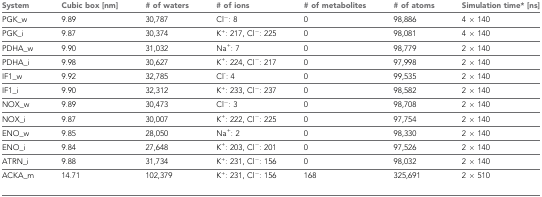
| System | Cubic box [nm] | # of waters | # of ions | # of metabolites | # of atoms | Simulation time* [ns] |
 | --- | --- | --- | --- | --- | --- | --- |
 | PGK_w | 9.89 | 30,787 | Cl−: 8 | 0 | 98,886 | 4 × 140 |
 | PGK_i | 9.87 | 30,374 | K+: 217, Cl−: 225 | 0 | 98,081 | 4 × 140 |
 | PDHA_w | 9.90 | 31,032 | Na+: 7 | 0 | 98,779 | 2 × 140 |
 | PDHA_i | 9.98 | 30,627 | K+: 224, Cl−: 217 | 0 | 97,998 | 2 × 140 |
 | IF1_w | 9.92 | 32,785 | Cl-: 4 | 0 | 99,535 | 2 × 140 |
 | IF1_i | 9.90 | 32,312 | K+: 233, Cl−: 237 | 0 | 98,582 | 2 × 140 |
 | NOX_w | 9.89 | 30,473 | Cl−: 3 | 0 | 98,708 | 2 × 140 |
 | NOX_i | 9.87 | 30,007 | K+: 222, Cl−: 225 | 0 | 97,754 | 2 × 140 |
 | ENO_w | 9.85 | 28,050 | Na+: 2 | 0 | 98,330 | 2 × 140 |
 | ENO_i | 9.84 | 27,648 | K+: 203, Cl−: 201 | 0 | 97,526 | 2 × 140 |
 | ATRN_i | 9.88 | 31,734 | K+: 231, Cl−: 156 | 0 | 98,032 | 2 × 140 |
 | ACKA_m | 14.71 | 102,379 | K+: 231, Cl−: 156 | 168 | 325,691 | 2 × 510 |